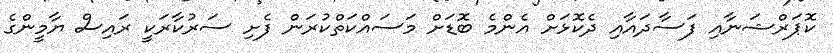
ކޮޕަރްޝަނާއި ފަސާދައާއި ދެކޮޅަށް އެންމެ ބޮޑަށް މަސައްކަތްކުރަން ފެށި ސަރުކާރަކީ ރައިސް ޔާމީންގެ